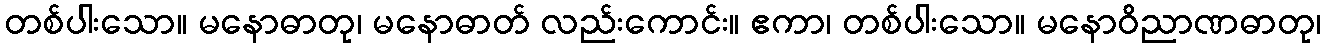
တစ်ပါးသော။ မနောဓာတု၊ မနောဓာတ် လည်းကောင်း။ ဧကာ၊ တစ်ပါးသော။ မနောဝိညာဏဓာတု၊